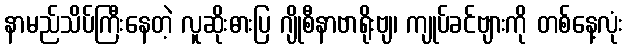
နာမည်သိပ်ကြီးနေတဲ့ လူဆိုးဓားပြ ဂျိုစီနာဗာရိုးဗျ၊ ကျုပ်ခင်ဗျားကို တစ်နေ့လုံး